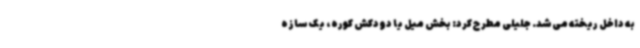
به داخل ریخته می‌شد. جلیلی مطرح کرد: بخش میل یا دودکش کوره، یک سازه